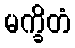
မက္ခိတံ